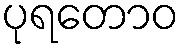
ပုရတောဝ